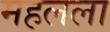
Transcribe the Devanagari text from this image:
महलला